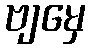
ဗျမှေ